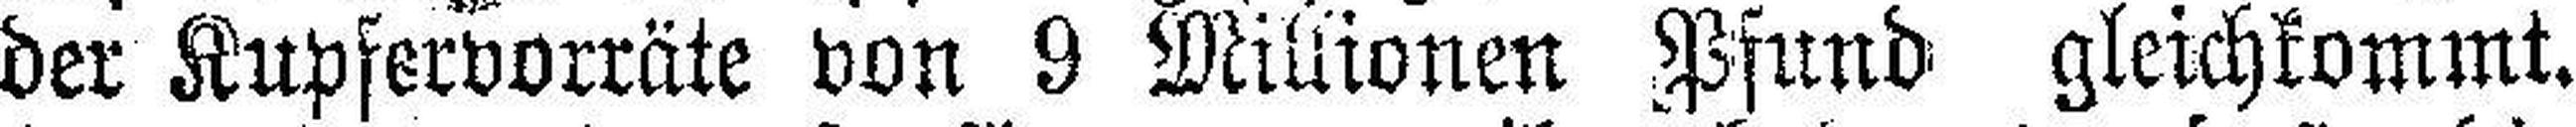
der Kupfervorräte von 9 Millionen Pfund gleichkommt.